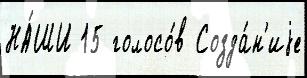
НА́ШИ 15 голосо́в Созда́н'иjе